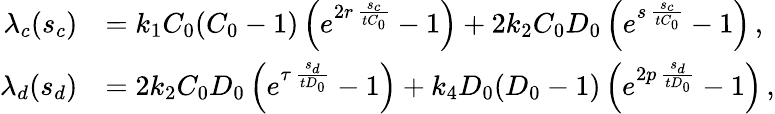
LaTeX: \begin{array}{rl}{\lambda_{c}(s_{c})}&{=k_{1}C_{0}(C_{0}-1)\left(e^{2r\, \frac{s_{c}}{tC_{0}}}-1\right)+2k_{2}C_{0}D_{0}\left(e^{s\, \frac{s_{c}}{tC_{0}}}-1\right)\, ,}\\ {\lambda_{d}(s_{d})}&{=2k_{2}C_{0}D_{0}\left(e^{\tau\, \frac{s_{d}}{tD_{0}}}-1\right)+k_{4}D_{0}(D_{0}-1)\left(e^{2p\, \frac{s_{d}}{tD_{0}}}-1\right)\, ,}\end{array}